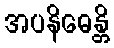
အပနိဓေန္တိ